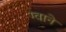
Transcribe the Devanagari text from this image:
ग्वाने